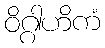
ဝိဂ္ဂါဟိကံ